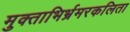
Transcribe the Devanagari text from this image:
मुक्ताभिर्भ्रमरकलिता